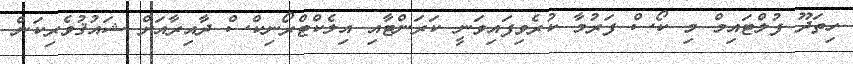
ހިތަދޫ ފުލްޓައިމް މި ކޯސް ފަރުމާ ކުރެވިފައިވަނީ ކަރަންޓާއި އިލެކްޓްރޯނިކްސް ދާއިރާއަށް ޝައުޤުވެރިކަން